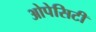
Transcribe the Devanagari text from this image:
ओपेसिटी